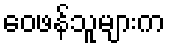
ဝေဖန်သူများက